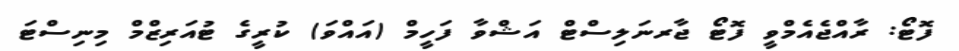
ފޮޓޯ: ރާއްޖެއެމްވީ ފޮޓޯ ޖާރނަލިސްޓް އަޝްވާ ފަހީމް (އައްވަ) ކުރީގެ ޓުއަރިޒްމް މިނިސްޓަ